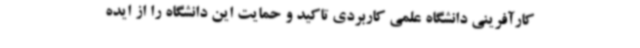
کارآفرینی دانشگاه علمی کاربردی تاکید و حمایت این دانشگاه را از ایده